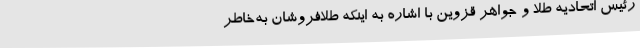
رئیس اتحادیه طلا و جواهر قزوین با اشاره به اینکه طلافروشان به‌خاطر